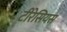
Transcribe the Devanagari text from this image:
टीरेसियस